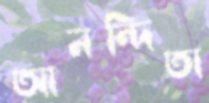
আনন্দিতা